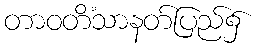
တာဝတိံသာနတ်ပြည်၌